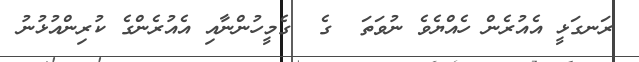
ރަނގަޅީ އެއުރެން ހެއްޔެވެ ނުވަތަ  ގެ  ގެމީހުންނާއި އެއުރެންގެ ކުރިންއުޅުނު